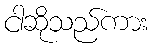
ငါဆိုသည်ကား